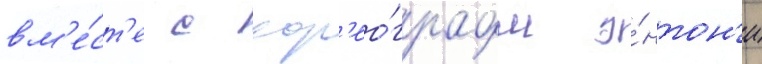
вм'е́ст'е с хор'ео́графом э́нтон'и